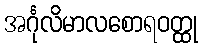
အင်္ဂုလိမာလစောရဝတ္ထု